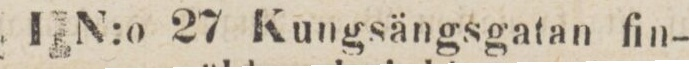
I N:o 27 Kungsängsgatan fin-